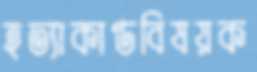
হত্যাকাণ্ডবিষয়ক